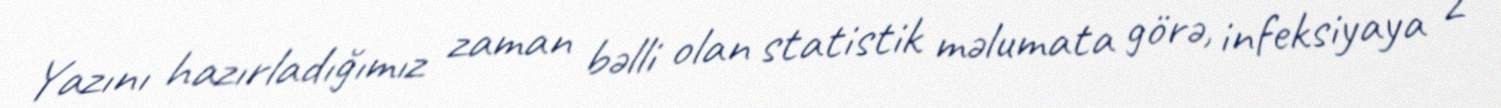
Yazını hazırladığımız zaman bəlli olan statistik məlumata görə, infeksiyaya 2